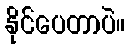
နိုင်ပေတာပဲ။